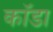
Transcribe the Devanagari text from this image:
कॉडा